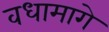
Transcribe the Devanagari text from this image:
वधामागे